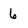
Character: 6